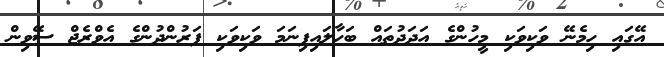
އޭގައި ހިމެނޭ ވަކިވަކި މީހުންގެ އަދަދުތައް ބަހާލައިފިނަމަ ވަކިވަކި ފަރުންދުންގެ އެވްރެޖް ސޭވިން